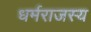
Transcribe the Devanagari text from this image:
धर्मराजस्य